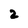
Character: 2